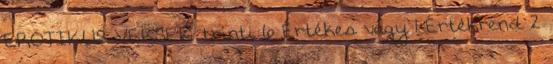
EROTIKUS VERSEK trinti 6 Értékes vagy 1 Értékrend 2